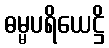
ဓမ္မပရိယေဋ္ဌိ